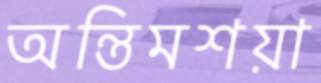
অন্তিমশয়া